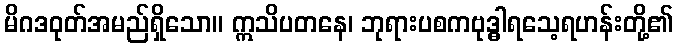
မိဂဒဝုတ်အမည်ရှိသော။ ဣသိပတနေ၊ ဘုရားပစကဗုဒ္ဓါရသေ့ရဟန်းတို့၏